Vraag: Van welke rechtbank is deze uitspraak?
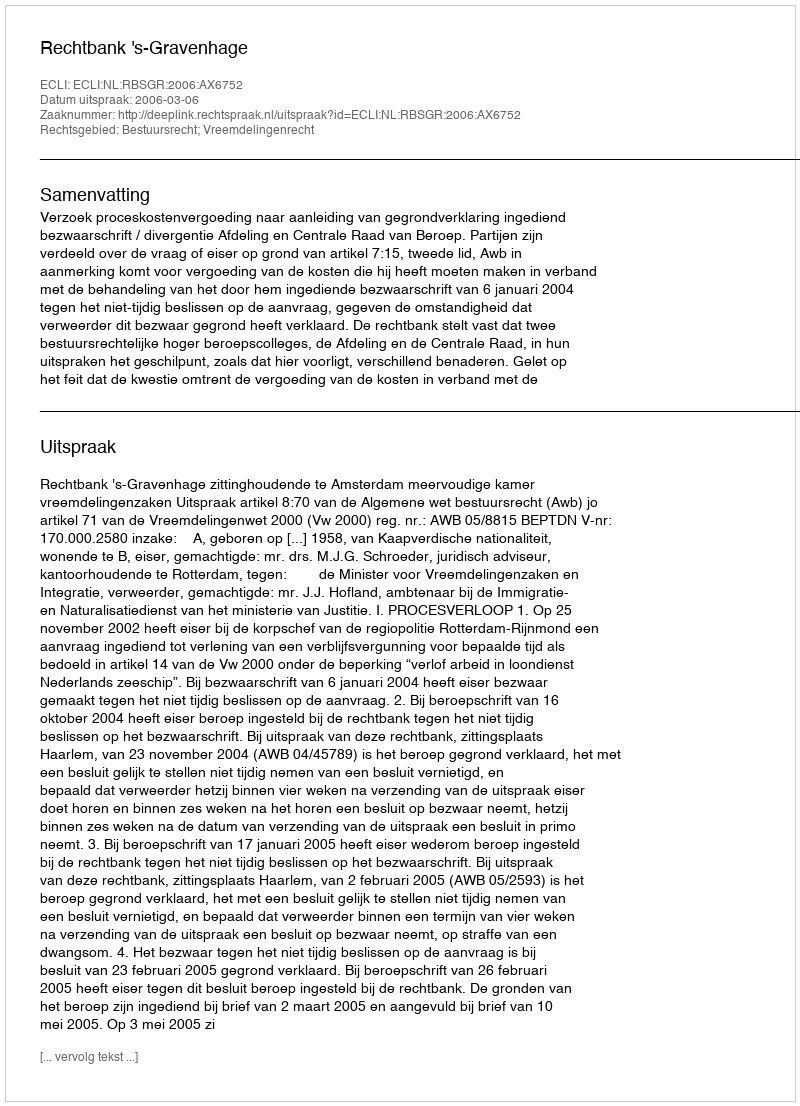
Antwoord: Rechtbank 's-Gravenhage